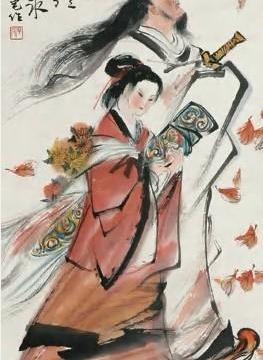
长太息以掩涕兮，哀民生之多艰。